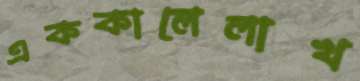
এককালেলাখ